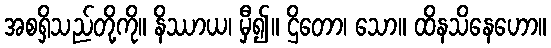
အစရှိသည်တို့ကို။ နိဿာယ၊ မှီ၍။ ဌိတော၊ သော။ ထိနသိနေဟော။